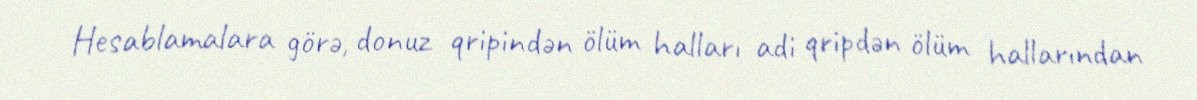
Hesablamalara görə, donuz qripindən ölüm halları adi qripdən ölüm hallarından